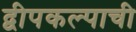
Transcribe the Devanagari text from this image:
द्वीपकल्पाची